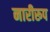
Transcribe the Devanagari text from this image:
नारीरूप